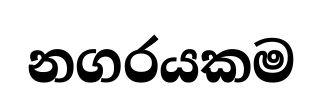
නගරයකම